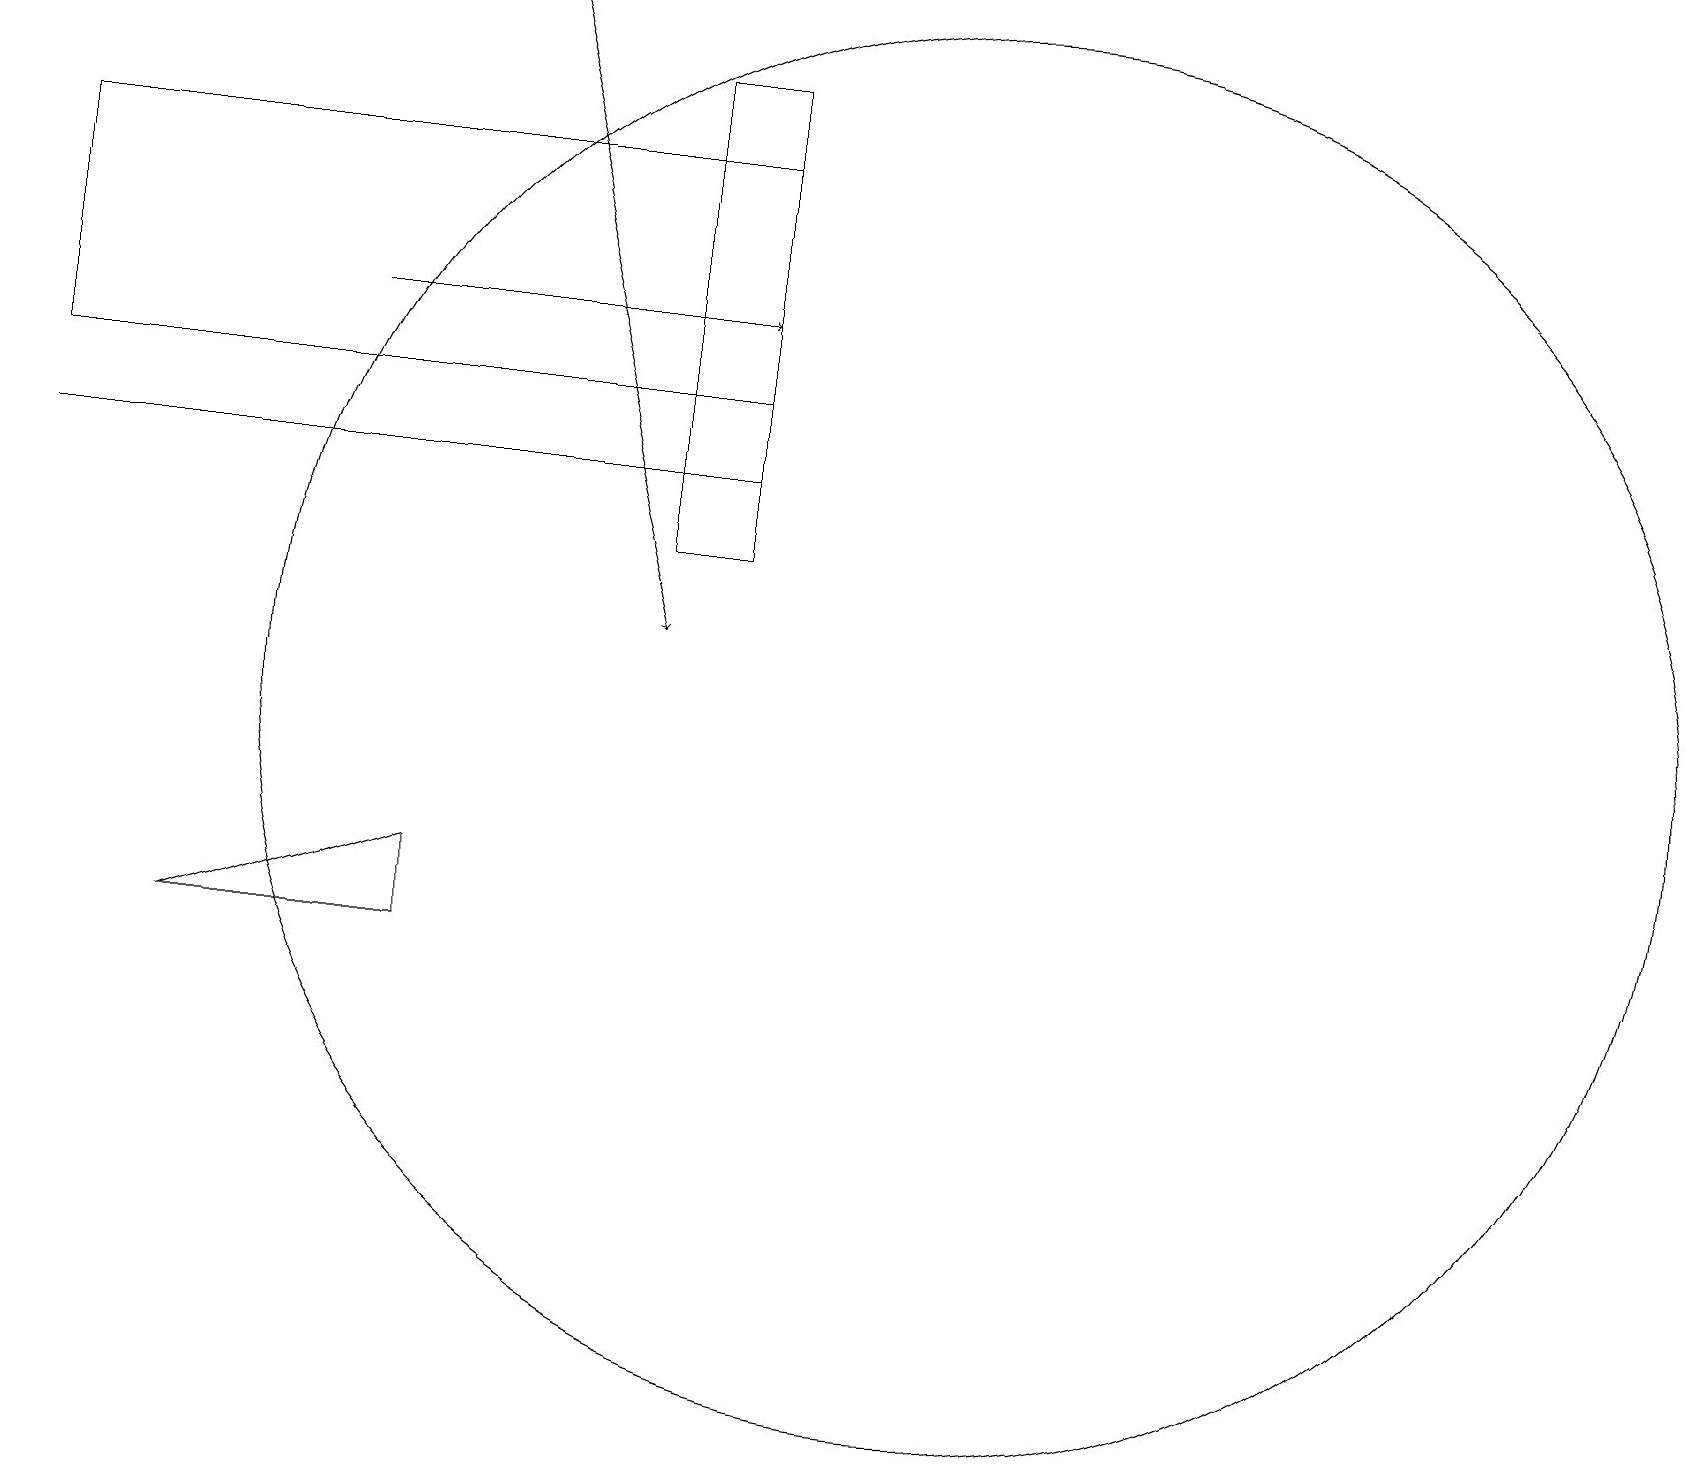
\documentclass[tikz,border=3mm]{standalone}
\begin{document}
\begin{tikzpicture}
\draw (2,7) -- (5,7) -- (5,8) -- cycle;
\draw (9,12) rectangle (8,18);
\draw (0,17) rectangle (9,14);
\draw (12,10) circle (9);
\draw[->] (6,19) -- (8,11);
\draw (9,13) rectangle (0,13);
\draw[->] (4,15) -- (9,15);
\draw (10,11) circle (0);
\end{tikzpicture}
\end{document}